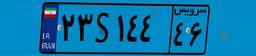
۳۵S۲۸۷۱۰